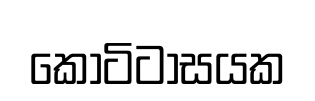
කොටිටාසයක